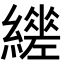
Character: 𦆧